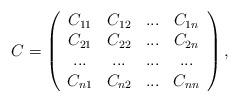
LaTeX: \begin{align*}C=\left(\begin{array}{cccc}C_{11} & C_{12} & ... & C_{1n}\\C_{21} & C_{22} & ... & C_{2n}\\... & ... & ... & ...\\C_{n1} & C_{n2} & ... & C_{nn}\end{array}\right),\end{align*}